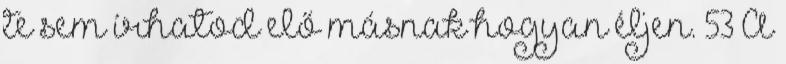
te sem írhatod elő másnak hogyan éljen. 53 A